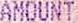
AMOUNT